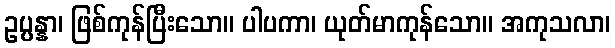
ဥပ္ပန္နာ၊ ဖြစ်ကုန်ပြီးသော။ ပါပကာ၊ ယုတ်မာကုန်သော။ အကုသလာ၊